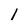
Character: 1